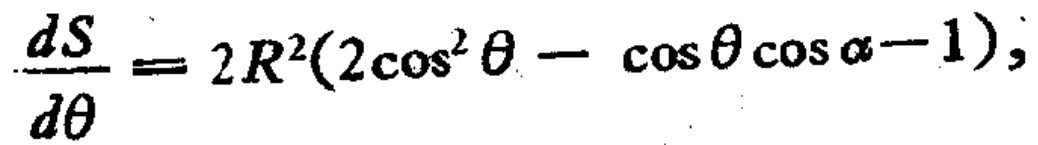
$\frac{dS}{d\theta}=2R^{2}(2\cos^{2}\theta - \cos\theta\cos\alpha - 1);$